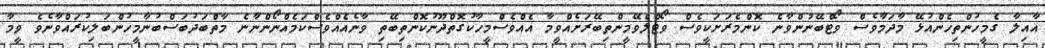
އާއިލާ ގެމީހުންތިހެންއުޅޭ މާދަމާވެސް ވޯޓްބޭނުންވާނެ ކޮންމެރަށަކީވެސް ވޯޓްލެވޭމީންތިބޭރަށެއްވީމާ އެއްވެސްމީހާކުގޮތްދޫނުކޮންތިބޭތި ވާނެއެއްވެސްކަމެއްނޯންނާނެ މާތްބަދުބަސްބުނާމީހުންބަލިކުރައްވާނެވެ ވީމާ